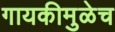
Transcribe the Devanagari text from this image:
गायकीमुळेच